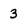
Character: 3